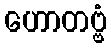
ဟောတဗ္ဗံ